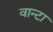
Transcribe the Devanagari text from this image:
वान्टा